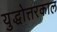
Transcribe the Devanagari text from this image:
युद्धोत्तरकाल